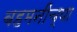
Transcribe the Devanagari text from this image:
बहमनींच्या